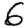
Digit: 6